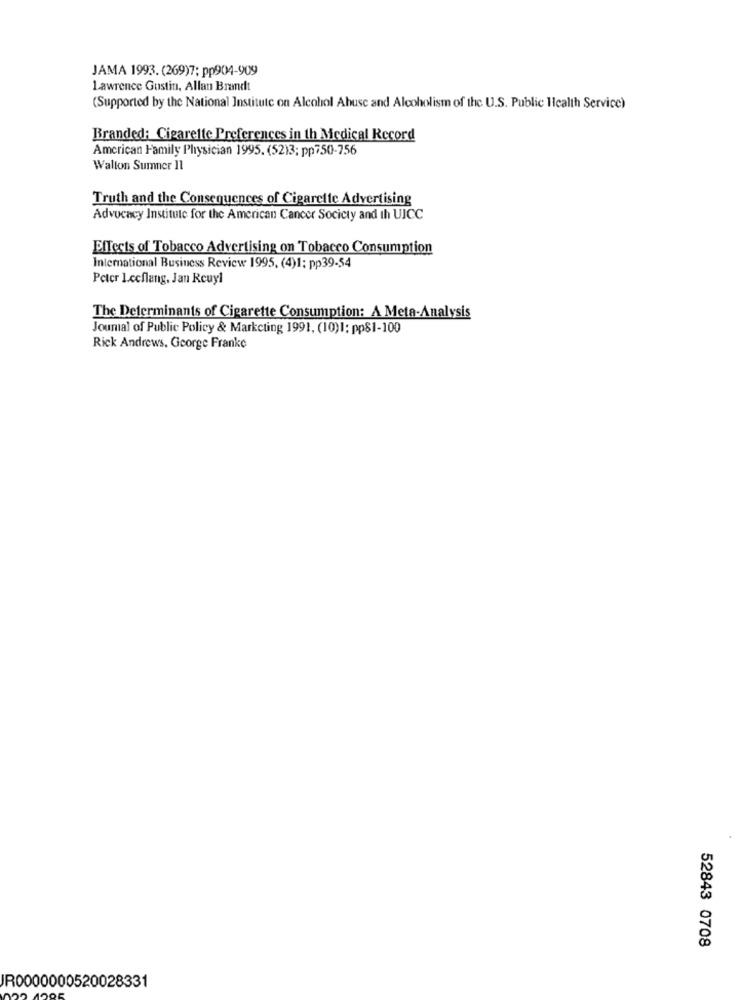
JAMA 1993. (269)7: pp904-909
Lawrence Gustin, Allan Brandt
(Supported by the National Institute on Alcohol Abuse and Alcoholism of the U.S. Public Health Service)
Branded: Cigarette Preferences in th Medical Record
American Family Physician 1995. (52)3; pp750-756
Wallon Sumner 11
Truth and the Consequences of Cigarette Advertising
Advocacy Institute for the American Cancer Society and th UICC
Effects of Tobacco Advertising on Tobacco Consumption
International Business Review 1995, (4)1: pp39-54
Peter l.ccflang, Jan Reuyl
The Determinants of Cigarette Consumption: A Meta-Analysis
Journal of Public Policy & Marketing 1991, (10)1: pp81-100
Rick Andrews, George Franke
52843 0708
IR0000000520028331